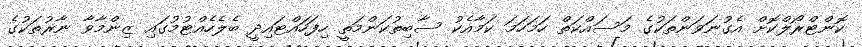
ކޮންޓްރޯލްކޮށް އެގުނަވަންތަކުގެ މަސައްކަތް ހަމަހަމަ ކަމާއެކު ސާބިތުކަންމަތީ ހިފަހައްޓައިދީ ބެލެހެއްޓުމުގައި ޒިންމާވާ ނާރުތަކުގެ